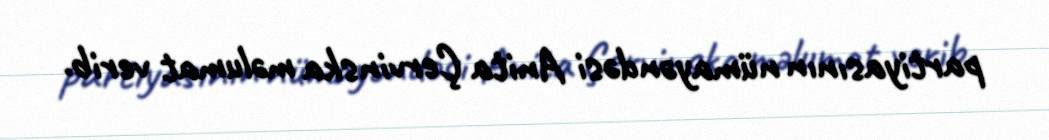
partiyasının nümayəndəsi Anita Çervinska məlumat verib.